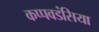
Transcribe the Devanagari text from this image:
कप्पवडंसिया